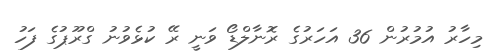
މިހާރު އުމުރުން 36 އަހަރުގެ ރޮނާލްޑޯ ވަނީ ރޭ ކުޅެވުނު ގްރޫޕުގެ ފަހު